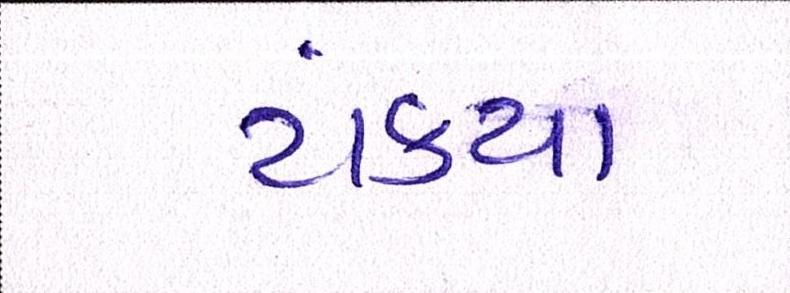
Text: ટાંક્યા